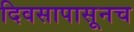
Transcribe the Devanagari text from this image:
दिवसापासूनच